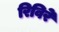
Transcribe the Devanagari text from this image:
रिविरे